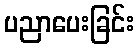
ပညာပေးခြင်း